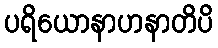
ပရိယောနာဟနာတိပိ